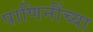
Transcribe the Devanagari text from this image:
पाणिनींच्या